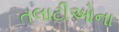
તલાટીઓના